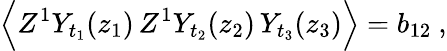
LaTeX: \Big\langle Z^{1}Y_{t_{1}}(z_{1})\, Z^{1}Y_{t_{2}}(z_{2})\, Y_{t_{3}}(z_{3})\Big\rangle=b_{12}\ ,